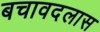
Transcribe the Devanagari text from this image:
बचावदलास